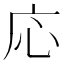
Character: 応